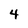
Character: 4